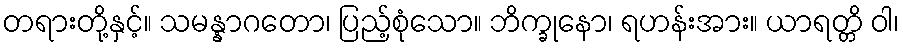
တရားတို့နှင့်။ သမန္နာဂတော၊ ပြည့်စုံသော။ ဘိက္ခုနော၊ ရဟန်းအား။ ယာရတ္တိ ဝါ၊